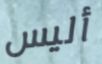
أليس